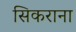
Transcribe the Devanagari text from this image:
सिकराना